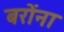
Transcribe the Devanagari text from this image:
बरोंना